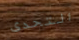
التحدى